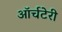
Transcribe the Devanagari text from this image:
ऑर्चटेरी